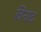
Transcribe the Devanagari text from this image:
विनाद